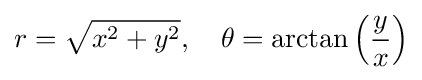
r={\sqrt {x^{2}+y^{2}}},\quad \theta =\arctan \left({\frac {y}{x}}\right)